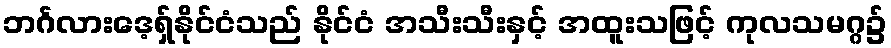
ဘင်္ဂလားဒေ့ရှ်နိုင်ငံသည် နိုင်ငံ အသီးသီးနှင့် အထူးသဖြင့် ကုလသမဂ္ဂ၌